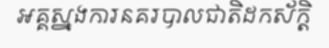
អគ្គស្នងការនគរបាលជាតិដកស័ក្តិ